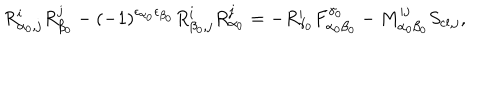
R _ { \alpha _ { 0 } , j } ^ { i } R _ { \beta _ { 0 } } ^ { j } - ( - 1 ) ^ { \epsilon _ { \alpha _ { 0 } } \epsilon _ { \beta _ { 0 } } } R _ { \beta _ { 0 } , j } ^ { i } R _ { \alpha _ { 0 } } ^ { j } = - R _ { \gamma _ { 0 } } ^ { i } F _ { \alpha _ { 0 } \beta _ { 0 } } ^ { \gamma _ { 0 } } - M _ { \alpha _ { 0 } \beta _ { 0 } } ^ { i j } S _ { \mathrm { c l } , j } ,